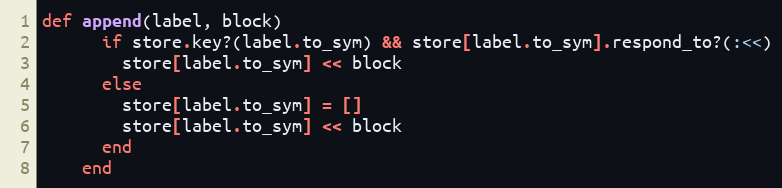
Language: Ruby
def append(label, block)
      if store.key?(label.to_sym) && store[label.to_sym].respond_to?(:<<)
        store[label.to_sym] << block
      else
        store[label.to_sym] = []
        store[label.to_sym] << block
      end
    end